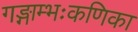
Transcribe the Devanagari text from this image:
गङ्गाम्भःकणिका